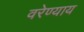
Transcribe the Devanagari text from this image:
वरेण्याय